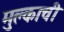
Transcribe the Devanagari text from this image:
मुल्काची